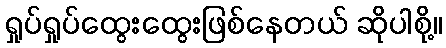
ရှုပ်ရှုပ်ထွေးထွေးဖြစ်နေတယ် ဆိုပါစို့။